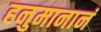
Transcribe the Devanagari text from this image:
हनुमानानं